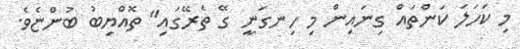
މި ކަހަލަ ކަންތައް ގިނައިން މި ހިނގަނީ ގޭ ތެރޭގައި" ތޮއްޔިބު ބުންޏެވެ.